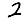
Digit: 2